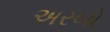
અરબો